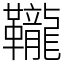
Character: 䪊